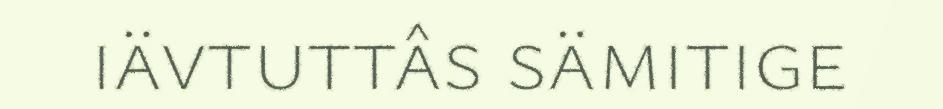
iävtuttâs sämitige